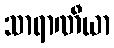
သာရာဏီယာ